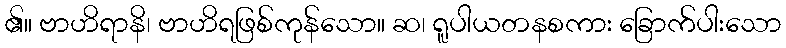
၏။ ဗာဟိရာနိ၊ ဗာဟိရဖြစ်ကုန်သော။ ဆ၊ ရူပါယတနစကား ခြောက်ပါးသော